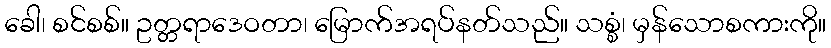
ခေါ၊ စင်စစ်။ ဥတ္တရာဒေဝတာ၊ မြောက်အရပ်နတ်သည်။ သစ္စံ၊ မှန်သောစကားကို။